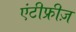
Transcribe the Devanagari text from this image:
एंटीफ्रीज़